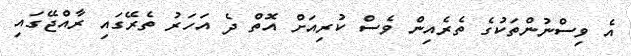
އެ ވިސްނުންތަކުގެ ތެރެއިން ވެސް ކުރިއަށް އޮތް ދެ އަހަރު ތެރޭގައި ރާއްޖޭގައި